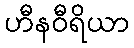
ဟီနဝီရိယာ